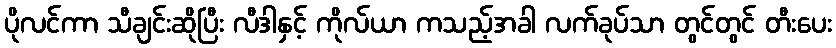
ပိုလင်ကာ သီချင်းဆိုပြီး လီဒါနှင့် ကိုလ်ယာ ကသည့်အခါ လက်ခုပ်သာ တွင်တွင် တီးပေး